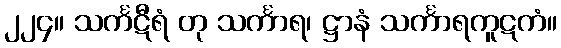
၂၂၄။ သင်္ကဋီရံ တု သင်္ကာရ၊ ဋ္ဌာနံ သင်္ကာရကူဋကံ။